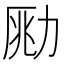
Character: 𠡲